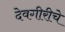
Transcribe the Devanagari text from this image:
देवगीरीचे